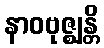
နာဝဗုဇ္ဈန္တိ